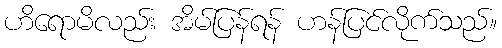
ဟိရောမိလည်း အိမ်ပြန်ရန် ဟန်ပြင်လိုက်သည်။